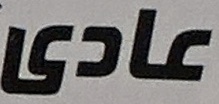
عادی